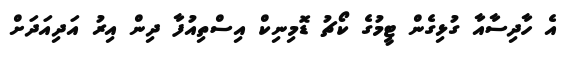
އެ ހާދިސާއާ ގުޅިގެން ޓީމުގެ ކޯޗު ޑޮމިނިކް އިސްތިއުފާ ދިން އިރު އަދިއަދަށް